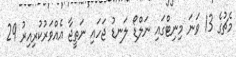
މެޗުގެ 13 ވަނަ މިނިޓްގައި ނަލްޑޯ ލަނޑު ޖަހައި ނަތީޖާ އެއްވަރުކުރިއިރު 29